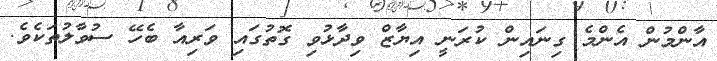
އާންމުން އެންމެ ގިނައިން ކުރަނީ އިޔާޒް ވިދާޅުވި ގޮތުގައި ވަރިއާ ބެހޭ ސުވާލުތަކެވެ.